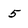
Character: 5